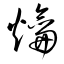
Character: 爚